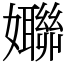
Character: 𱙱